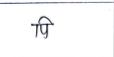
मजकूर: पि